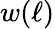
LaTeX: w(\ell)